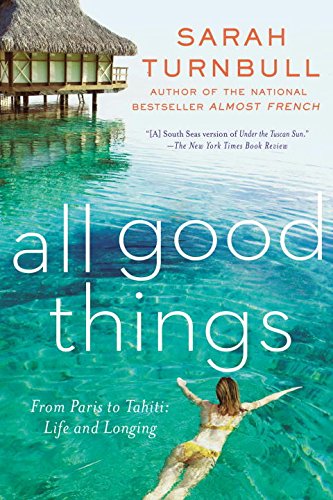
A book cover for All Good Things: From Paris to Tahiti: Life and Longing; Sarah Turnbull; Biographies & Memoirs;